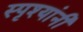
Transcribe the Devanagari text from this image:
स्पृश्यांनी